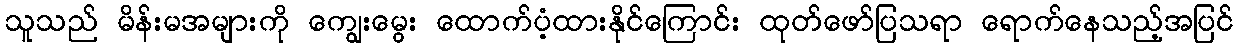
သူသည် မိန်းမအများကို ကျွေးမွေး ထောက်ပံ့ထားနိုင်ကြောင်း ထုတ်ဖော်ပြသရာ ရောက်နေသည့်အပြင်